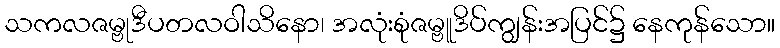
သကလဇမ္ဗုဒီပတလဝါသိနော၊ အလုံးစုံဇမ္ဗူဒိပ်ကျွန်းအပြင်၌ နေကုန်သော။